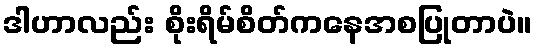
ဒါဟာလည်း စိုးရိမ်စိတ်ကနေအစပြုတာပဲ။